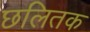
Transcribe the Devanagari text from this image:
छलितक